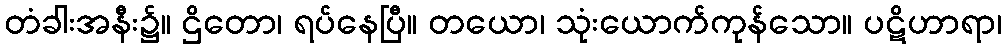
တံခါးအနီး၌။ ဌိတော၊ ရပ်နေပြီ။ တယော၊ သုံးယောက်ကုန်သော။ ပဋိဟာရာ၊